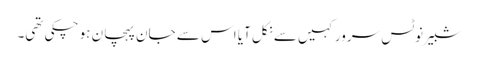
شبیر نوٹس سرور کہیں سے نکل آیا اس سے جان پہچان ہو چکی تھی۔